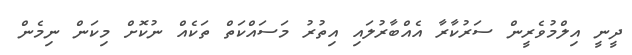
ދީނީ އިލްމުވެރީން ސަރުކާރާ އެއްބާރުލައި އިތުރު މަސައްކަތް ތަކެއް ނުކޮށް މިކަން ނިމެން